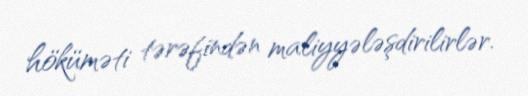
höküməti tərəfindən maliyyələşdirilirlər.